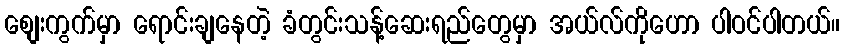
စျေးကွက်မှာ ရောင်းချနေတဲ့ ခံတွင်းသန့်ဆေးရည်တွေမှာ အယ်လ်ကိုဟော ပါဝင်ပါတယ်။